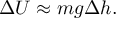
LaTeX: \Delta U \approx m g \Delta h .